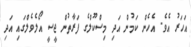
އަހަރު އެވެ. އެހެން ކަމުން އަދި މިސްކޫލްގެ ފަރާތުން ޖީސީ އޯލެވެލްގައި އަދި